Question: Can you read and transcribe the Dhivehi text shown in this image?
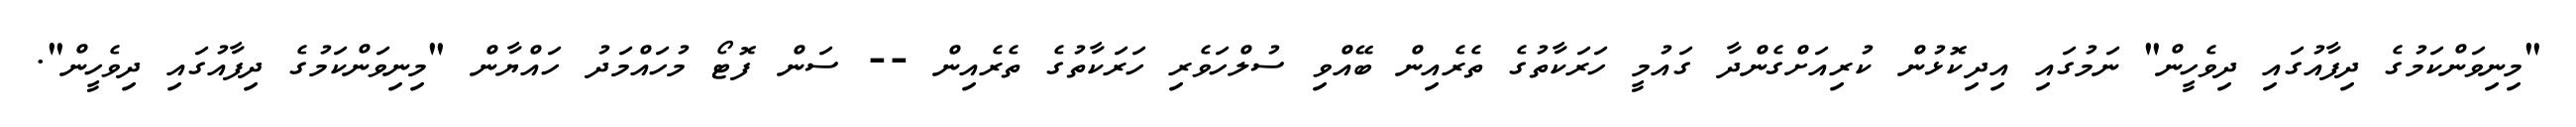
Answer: "މިނިވަންކަމުގެ ދިފާއުގައި ދިވެހީން" ނަމުގައި އިދިކޮޅުން ކުރިއަށްގެންދާ ގައުމީ ހަރަކާތުގެ ތެރެއިން ބޭއްވި ސުލްހަވެރި ހަރަކާތުގެ ތެރެއިން -- ސަން ފޮޓޯ މުހައްމަދު ހައްޔާން "މިނިވަންކަމުގެ ދިފާއުގައި ދިވެހީން".